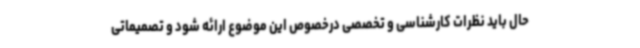
حال باید نظرات کارشناسی و تخصصی درخصوص این موضوع ارائه شود و تصمیماتی